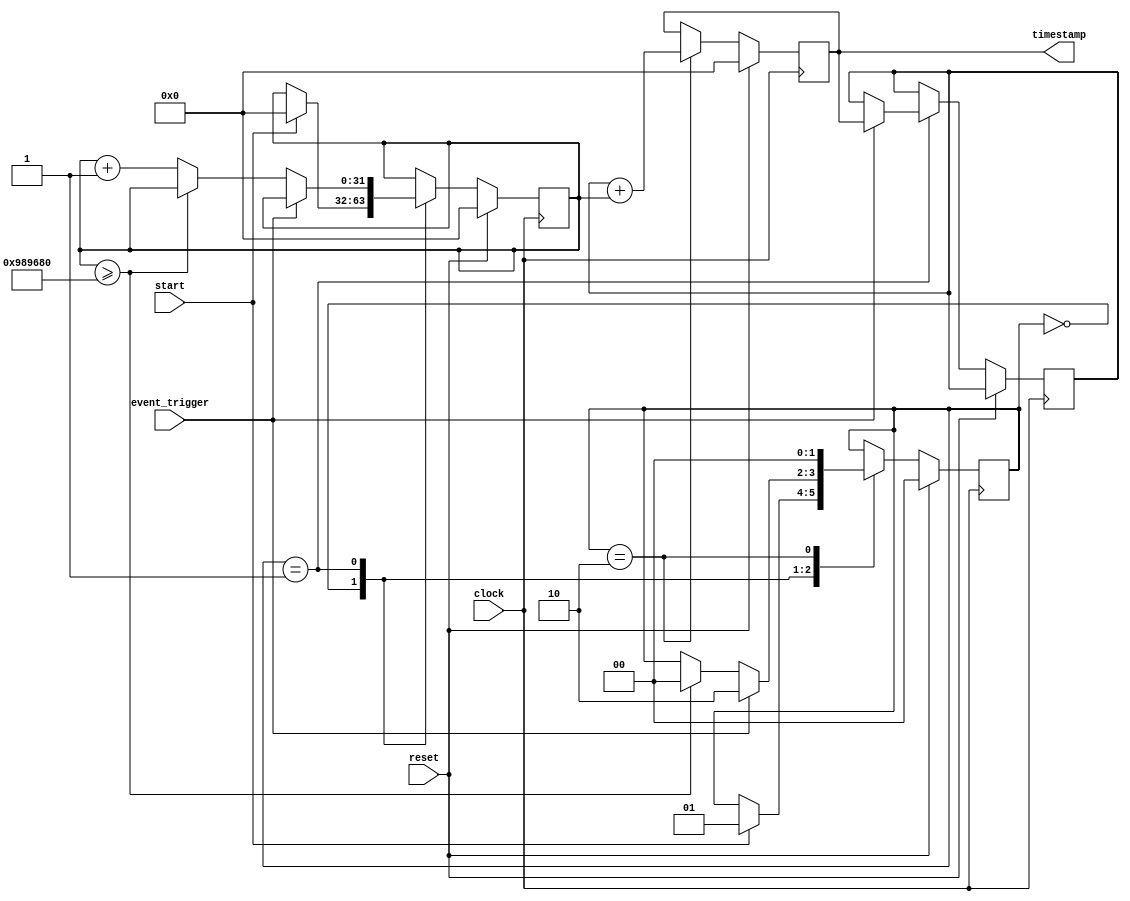
module timestamp_timer (
    input clock,
    input start,
    input reset,
    input event_trigger,
    output reg [31:0] timestamp
);

reg [31:0] count;
reg [31:0] previous_timestamp;
reg [1:0] state;

parameter IDLE = 2'b00;
parameter WAITING = 2'b01;
parameter TIMESTAMPING = 2'b10;

always @ (posedge clock) begin
    if (reset) begin
        state <= IDLE;
        count <= 0;
        timestamp <= 0;
    end else begin
        case (state)
            IDLE: begin
                if (start) begin
                    state <= WAITING;
                    count <= 0;
                end
            end
            WAITING: begin
                if (event_trigger) begin
                    state <= TIMESTAMPING;
                    previous_timestamp <= timestamp;
                end else if (count >= 10000000) begin // Adjust this count value for desired time interval
                    state <= IDLE;
                end else begin
                    count <= count + 1;
                end
            end
            TIMESTAMPING: begin
                timestamp <= previous_timestamp + count;
                state <= IDLE;
            end
        endcase
    end
end

endmodule